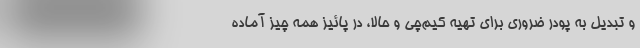
و تبدیل به پودر ضروری برای تهیه کیم‌چی و حالا، در پائیز همه چیز آماده